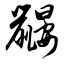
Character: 鼹